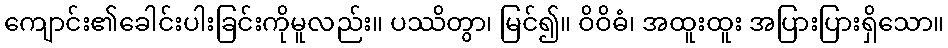
ကျောင်း၏ခေါင်းပါးခြင်းကိုမူလည်း။ ပဿိတွာ၊ မြင်၍။ ဝိဝိဓံ၊ အထူးထူး အပြားပြားရှိသော။